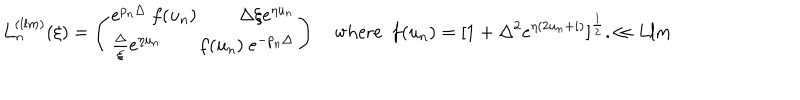
L _ { n } ^ { ( l l m ) } ( \xi ) = \left( \begin{array} { c } { { e ^ { p _ { n } \Delta } ~ f ( u _ { n } ) ~ \qquad { \Delta } { \xi } e ^ { \eta u _ { n } } } } \\ { { \frac { \Delta } { \xi } e ^ { \eta u _ { n } } \qquad f ( u _ { n } ) ~ e ^ { - p _ { n } \Delta } } } \\ \end{array} \right) \quad \mathrm { w h e r e } \ \ f ( u _ { n } ) = [ 1 + { \Delta ^ { 2 } } e ^ { \eta ( 2 u _ { n } + i ) } ] ^ { { \frac { 1 } { 2 } } } . \ll { L l m }